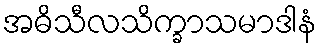
အဓိသီလသိက္ခာသမာဒါနံ